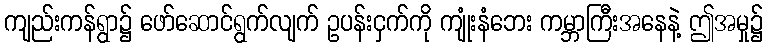
ကျည်းကန်ရွာ၌ ဖော်ဆောင်ရွက်လျက် ဥပန်းငှက်ကို ကျုံးနံဘေး ကမ္ဘာကြီးအနေနဲ့ ဤအမှု၌